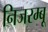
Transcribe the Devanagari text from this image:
निजरम्बू